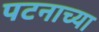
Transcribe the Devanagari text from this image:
पटनाच्या